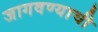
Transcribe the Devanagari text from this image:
जागवण्याची